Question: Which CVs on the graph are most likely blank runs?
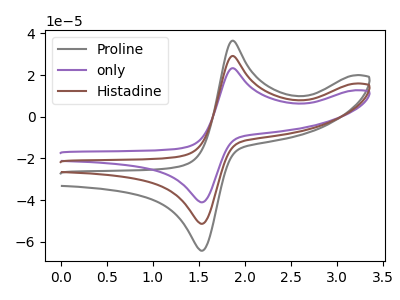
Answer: <think>The gray curve "Proline" has an anodic peak at (1.85V, 36.55uA) and a cathodic peak at (1.50V, -64.25uA). The purple curve "only" has an anodic peak at (1.85V, 58.40uA) and a cathodic peak at (1.50V, -102.70uA). The brown curve "Histadine" has an anodic peak at (1.85V, 29.20uA) and a cathodic peak at (1.50V, -51.35uA).</think>
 <answer>There are not any CV's on this graph that are likely to be blanks.</answer>
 <eval>none</eval>